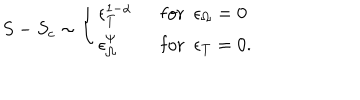
LaTeX: S - S _ { c } \sim \left\{ \begin{array} { l l } { { \epsilon _ { T } ^ { 1 - \alpha } } } & { { \ \ \mathrm { f o r } \ \ \epsilon _ { \Omega } = 0 } } \\ { { \epsilon _ { \Omega } ^ { \psi } } } & { { \ \ \mathrm { f o r } \ \ \epsilon _ { T } = 0 . } } \\ \end{array} \right.